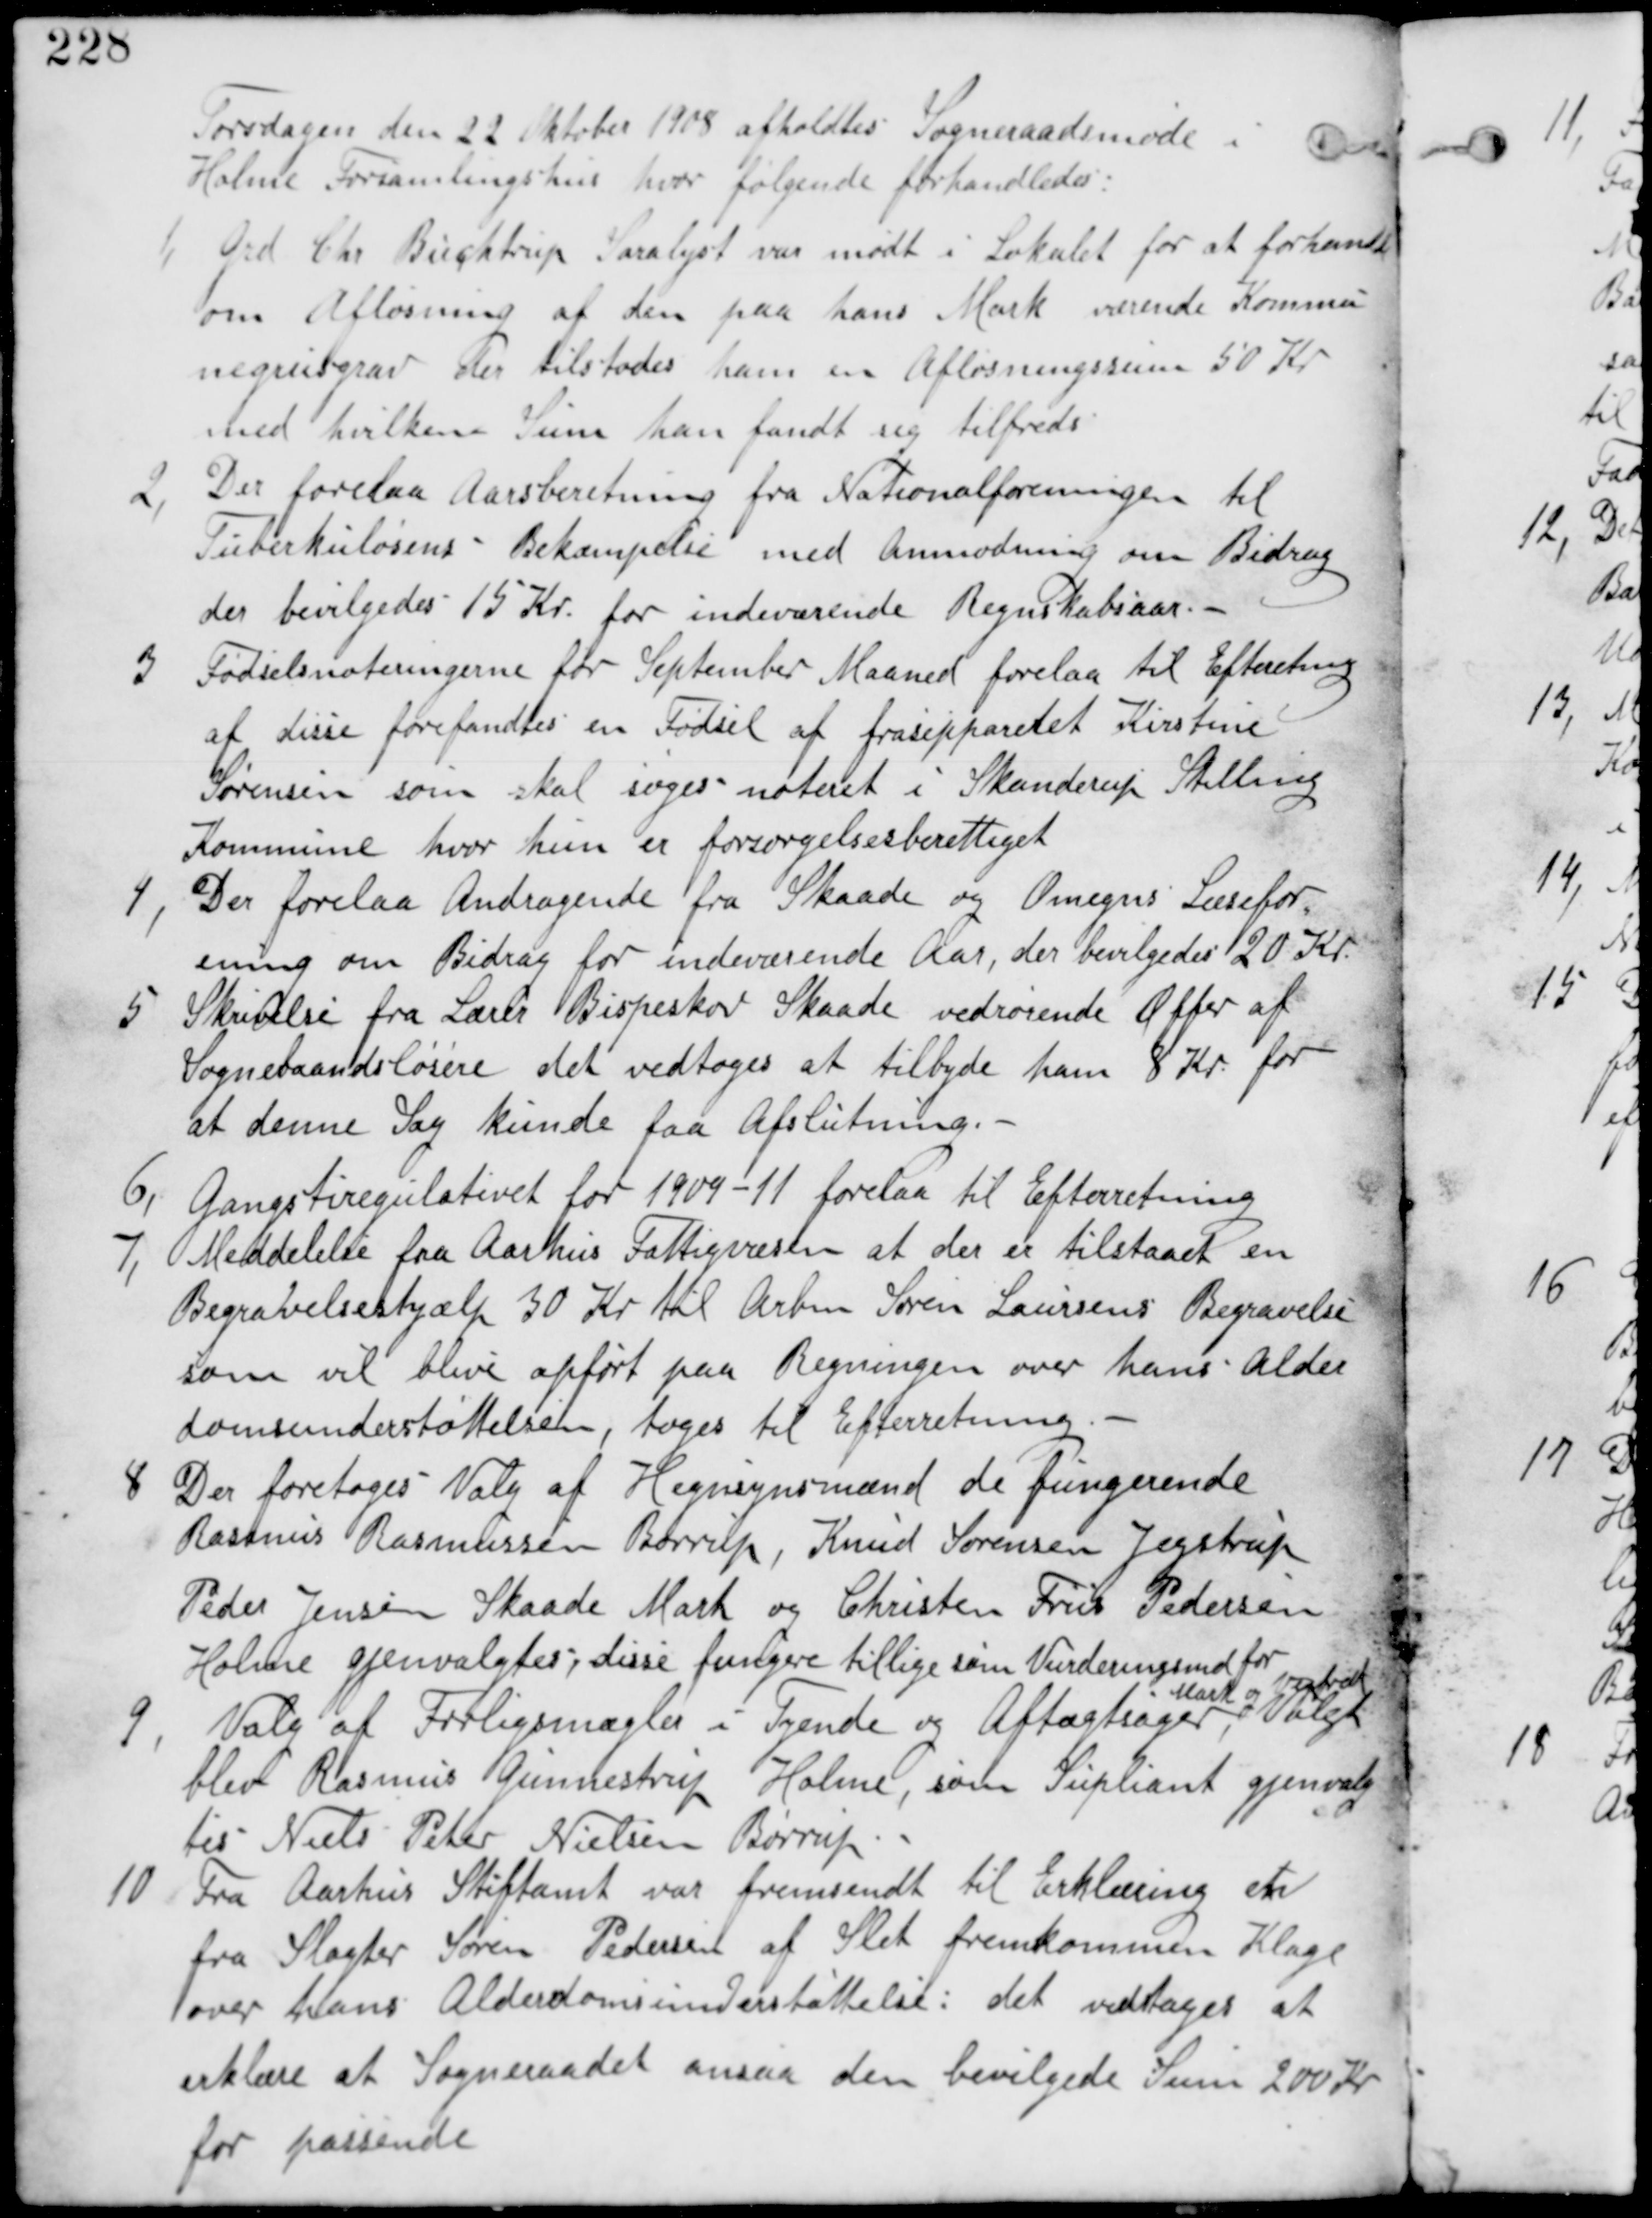
Transskription:
Torsdagen den 22 Oktober 1908 afholdes Sogneraadsmøde i
Holme Forsamlingshus hvor følgende forhandledes.

1, Grd Chr Buchtrup Saralyst var mødt i Lokalet for at forhandle
om Afløsning af den paa hans Mark værende Kommu
negrusgrav der tilstodes ham en Afløsningssum på 50 Kr
med hvilken Sum han fandt sig tilfreds.

2,
Der forelaa Aarsberetning fra Nationalforeningen til
Tuberkulosens Bekæmpelse med Anmodning om Bidrag
der bevilgedes 15 Kr for indeværende Regnskabsaar.

3 Fødselsnoteringerne for September Maaned forelaa til Efterretning
af disse fandtes en Fødsel af frasepareret Kirstine
Sørensen som skal søges noteret i Skanderup Stilling
Kommune hvor hun er forsørgelsesberettiget.

4, Der forelaa Andragende fra Skaade og Omegns Læsefor
ening om Bidrag for indeværende Aar, der bevilgedes 20 Kr.

5 Skrivelse fra Lærer Bispeskov Skaade vedrørende Offer af
Sognebaandsløsere det vedtages at tilbyde ham 8 Kr for
at denne Sag kunde faa Afslutning.

6, Gangstiregulativet for 1909-11 forelaa til Efterretning

7, Meddelelse fra Aarhus Fattigvæsen at der er tilstaaet en
Begravelseshjælp 30 Kr til Arbm Søren Laursens Begravelse
som vil blive opført paa Regningen over hans Alder
domsunderstøttelse, tages til Efterretning.

8 Der foretages Valg af Hegnsynmænd de fungerende
Rasmus Rasmussen Børrup, Knud Sørensen Jegstrup
Peder Jensen Skaade Mark og Christen Friis Pedersen
Holme gjenvalgtes, disse fungere tillige som Vurderingsmd for
Mark og Vejgrøft

9,
Valg af Forligsmægler i Tyende og Aftægtsager, Valgt
blev Rasmus Gunnestrup Holme, som Supleant gjenvalg
tes Niels Peter Nielsen Børrup.

10 Fra Aarhus Stiftamt var fremsendt til Erklæring en
fra Slagter Søren Pedersen af Sleth fremkommen Klage
over hans Alderdomsunderstøttelse : det vedtages at
erklære at Sogneraadet ansaa den bevilgede Sum 200 Kr
for passende.